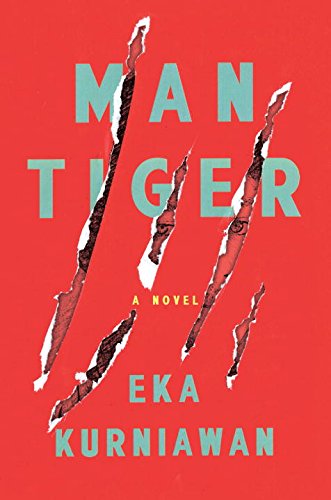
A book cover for Man Tiger: A Novel; Eka Kurniawan; Science Fiction & Fantasy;